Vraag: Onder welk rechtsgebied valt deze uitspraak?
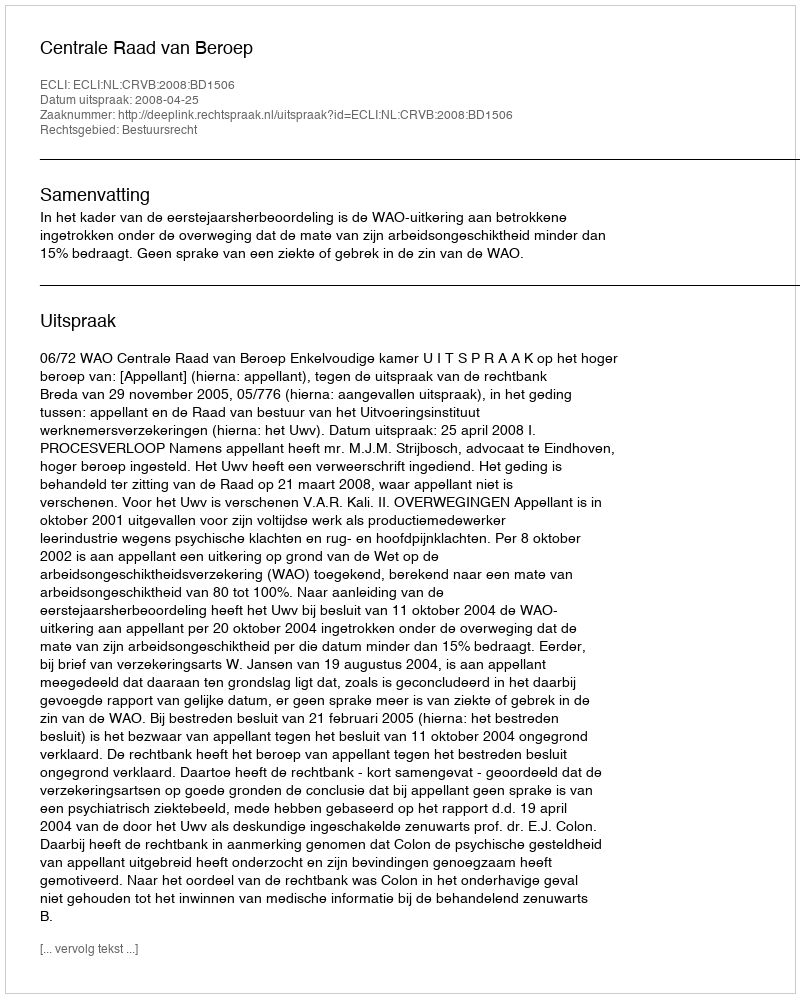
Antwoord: Bestuursrecht